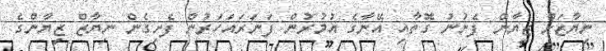
ނިޔާޒަށް ޒިޔާން ފެނުނު ގޮތާއި އޭނާގެެ އުމުރުން ފަނަރައަހަރުން ފެށިގެން ނިޔާޒް ޒިޔާންގެ